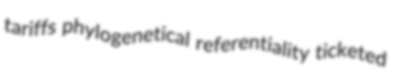
tariffs phylogenetical referentiality ticketed